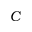
C